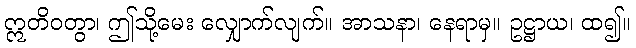
ဣတိဝတွာ၊ ဤသို့မေး လျှောက်လျက်။ အာသနာ၊ နေရာမှ။ ဥဋ္ဌာယ၊ ထ၍။